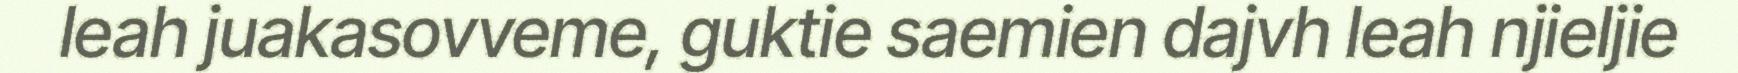
leah juakasovveme, guktie saemien dajvh leah njieljie